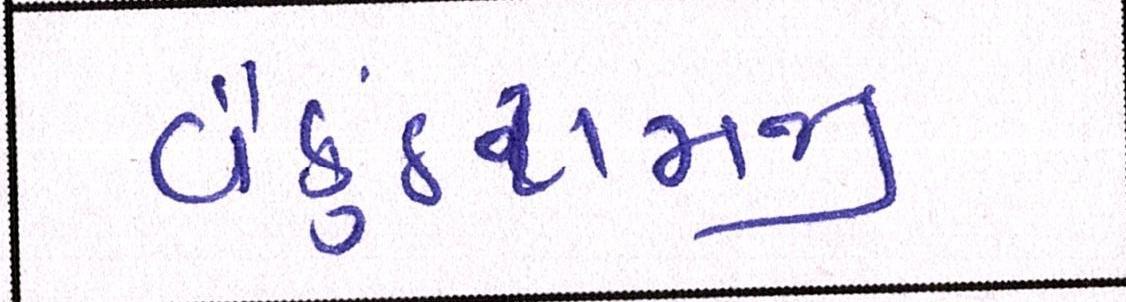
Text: વૈકુંઠરામજી